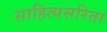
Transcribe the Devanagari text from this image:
साहित्यसरिता